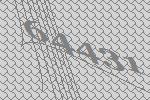
64431